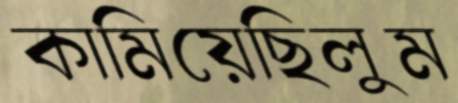
কামিয়েছিলুম